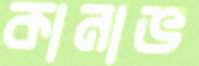
কানাভ